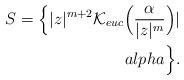
LaTeX: \begin{align*} S=\Big\{ |z|^{m+2} \mathcal{K}_{euc}\Big( \frac{\alpha}{|z|^{m}} \Big) | \\alpha \Big\}.\end{align*}